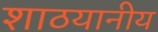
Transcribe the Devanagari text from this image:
शाठयानीय